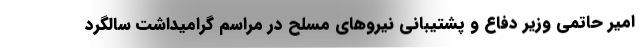
امیر حاتمی وزیر دفاع و پشتیبانی نیروهای مسلح در مراسم گرامیداشت سالگرد